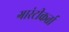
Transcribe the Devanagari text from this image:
गारंटीकर्ता